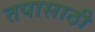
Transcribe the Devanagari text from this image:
तपासाठी